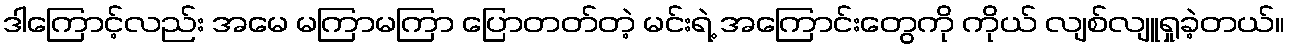
ဒါကြောင့်လည်း အမေ မကြာမကြာ ပြောတတ်တဲ့ မင်းရဲ့ အကြောင်းတွေကို ကိုယ် လျစ်လျူရှုခဲ့တယ်။